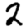
Digit: 2